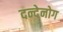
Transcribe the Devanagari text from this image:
दन्देनोग